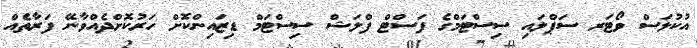
އުކުޅަސް ވޯޓަރ ސަޕްލައި ސިސްޓަމްގެ ފަސްޓް ފްލަޝް ސިސްޓަމް ޑިޒައިންކޮށް ހަރުކޮށްދެއްވާނޭ ފަރާތެއް